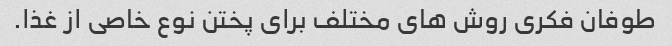
طوفان فکری روش های مختلف برای پختن نوع خاصی از غذا.